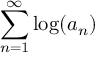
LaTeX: \sum _ { n = 1 } ^ { \infty } \log ( a _ { n } )